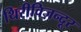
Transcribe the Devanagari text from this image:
थिरीविज़न्दूर